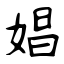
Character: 娼